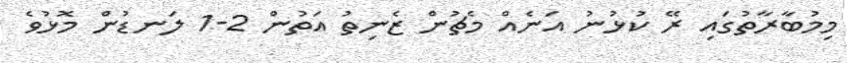
މިމުބާރާތުގައި ރޭ ކުޅުނު އަނެއް މެޗުން ޒެނިތު އަތުން 2-1 ލަނޑުން މޮޅުވެ